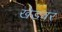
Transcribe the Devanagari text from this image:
खेडवर